DOW-UAP-D49, Launch Summary, Vandenberg AFB, 2000
Agency: Department of War
Incident date: 2/3/00
Page 107
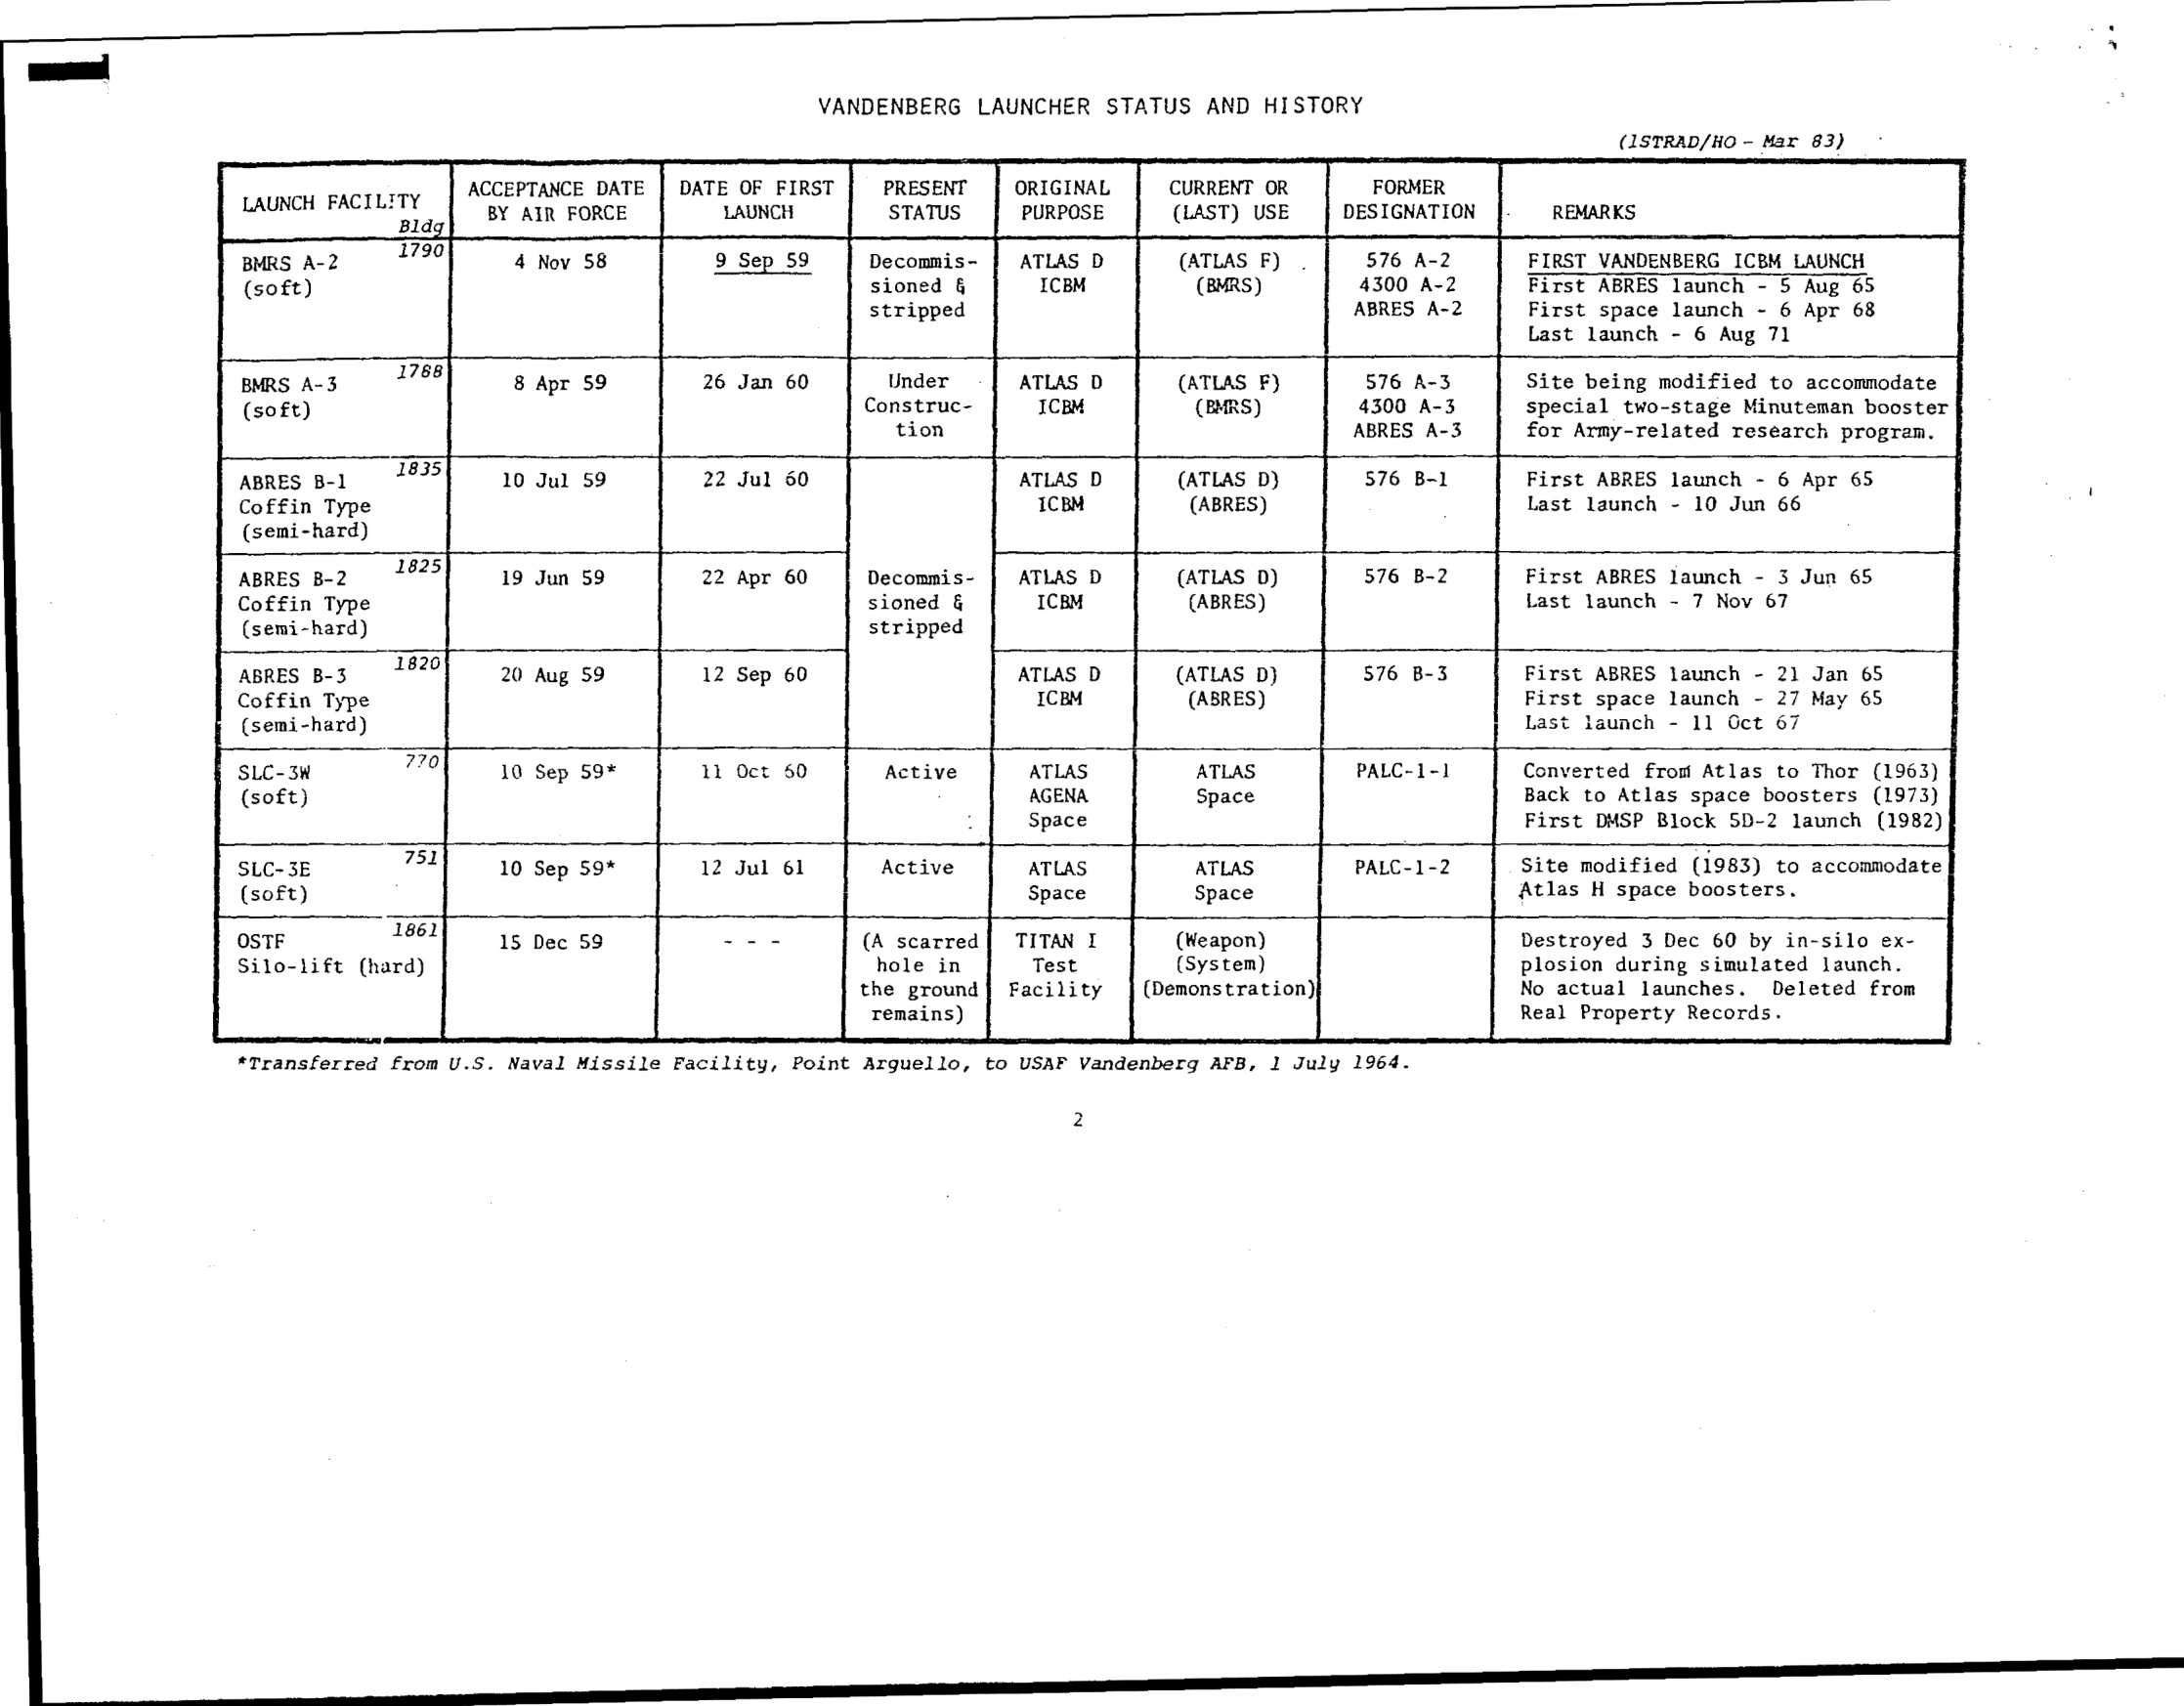